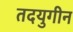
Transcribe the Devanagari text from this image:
तदयुगीन